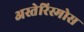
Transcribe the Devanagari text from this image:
अस्तेरिस्मोस